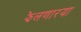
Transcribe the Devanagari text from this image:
झेलणारया